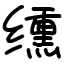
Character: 𫄸